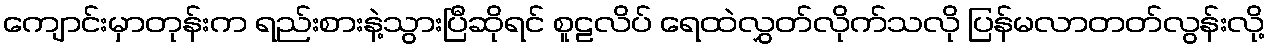
ကျောင်းမှာတုန်းက ရည်းစားနဲ့သွားပြီဆိုရင် စူဠလိပ် ရေထဲလွှတ်လိုက်သလို ပြန်မလာတတ်လွန်းလို့